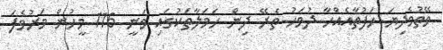
ވޭތުވެދިޔަ ހަފުތާއެއްހާ ދުވަހު ތެރޭ ދިން ހަމަލާތަކުގައި ވަނީ 116 މީހުން މަރުވެފަ